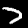
Digit: 7